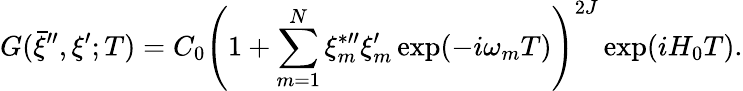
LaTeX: G(\bar{\xi}^{\prime\prime},\xi^{\prime};T)=C_{0}\left(1+\sum_{m=1}^{N}\xi_{m}^{\ast\prime\prime}\xi_{m}^{\prime}\exp(-i\omega_{m}T)\right)^{2J}\exp(iH_{0}T).